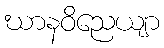
ဃာနဝိညေယျာ